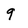
Character: 9